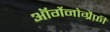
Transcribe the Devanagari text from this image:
ऑर्गेनोग्रैफ़ी